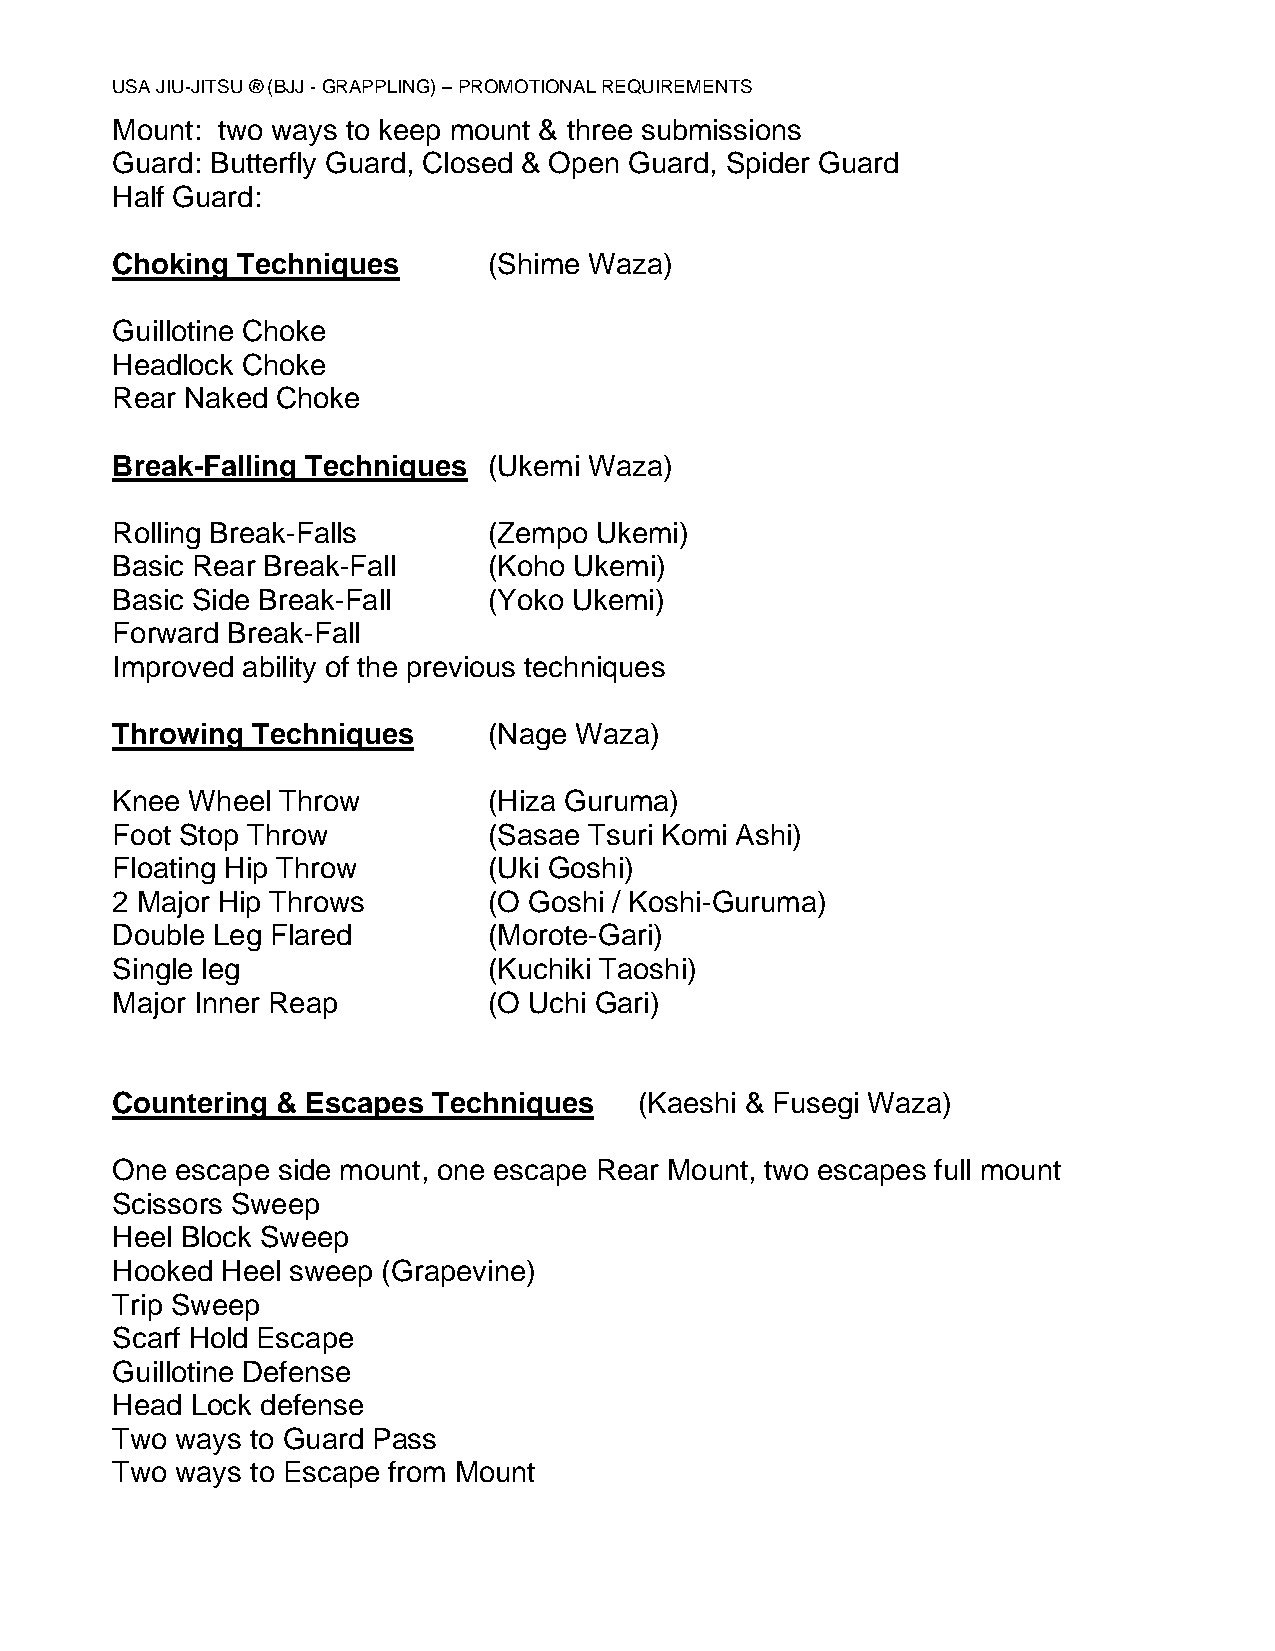
USA JIU-JITSU ® (BJJ - GRAPPLING) – PROMOTIONAL REQUIREMENTS
 Mount: two ways to keep mount & three submissions
 Guard: Butterfly Guard, Closed & Open Guard, Spider Guard
 Half Guard:
 Choking  Techniques      (Shime Waza)
 Guillotine Choke
 Headlock Choke
 Rear Naked Choke
 Break-Falling Techniques (Ukemi Waza)
 Rolling Break-Falls      (Zempo Ukemi)
 Basic Rear Break-Fall    (Koho Ukemi)
 Basic Side Break-Fall    (Yoko Ukemi)
 Forward Break-Fall
 Improved ability of the previous techniques
 Throwing  Techniques     (Nage Waza)
 Knee Wheel  Throw        (Hiza Guruma)
 Foot Stop Throw          (Sasae Tsuri Komi Ashi)
 Floating Hip Throw       (Uki Goshi)
 2 Major Hip Throws       (O Goshi / Koshi-Guruma)
 Double Leg Flared        (Morote-Gari)
 Single leg               (Kuchiki Taoshi)
 Major Inner Reap         (O Uchi Gari)
 Countering & Escapes  Techniques   (Kaeshi & Fusegi Waza)
 One  escape side mount, one escape Rear Mount, two escapes full mount
 Scissors Sweep
 Heel Block Sweep
 Hooked  Heel sweep (Grapevine)
 Trip Sweep
 Scarf Hold Escape
 Guillotine Defense
 Head  Lock defense
 Two  ways to Guard Pass
 Two  ways to Escape from Mount